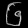
Digit: ၆